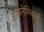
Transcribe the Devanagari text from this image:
डायनेमिक्स।